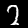
Digit: 2